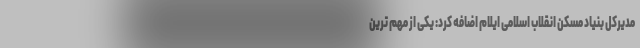
مدیرکل بنیاد مسکن انقلاب اسلامی ایلام اضافه کرد: یکی از مهم ترین